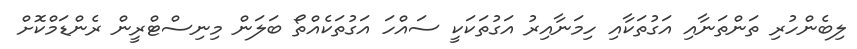
ލިބެންހުރި ތަންތަނާއި އަގުތަކާއި ހިމަނާއިރު އަގުތަކަކީ ސައްހަ އަގުތަކެއްތޯ ބަލަން މިނިސްޓްރީން ރެންޑަމްކޮށް